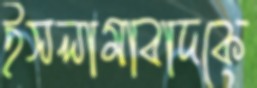
ইসলামাবাদকে